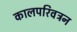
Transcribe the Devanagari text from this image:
कालपरिवत्रन